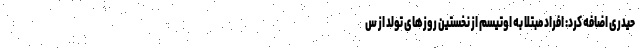
حیدری اضافه کرد: افراد مبتلا به اوتیسم از نخستین روزهای تولد از س